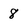
Character: 8